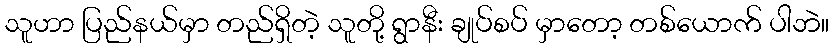
သူဟာ ပြည်နယ်မှာ တည်ရှိတဲ့ သူတို့ ရွာနီး ချုပ်စပ် မှာတော့ တစ်ယောက် ပါဘဲ။